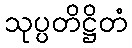
သုပ္ပတိဋ္ဌိတံ